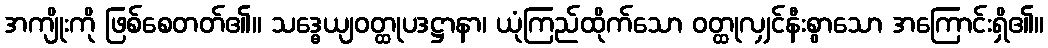
အကျိုးကို ဖြစ်စေတတ်၏။ သဒ္ဓေယျဝတ္ထုပဒဋ္ဌာနာ၊ ယုံကြည်ထိုက်သော ဝတ္ထုလျှင်နီးစွာသော အကြောင်းရှိ၏။